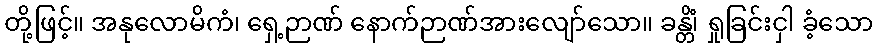
တို့ဖြင့်။ အနုလောမိကံ၊ ရှေ့ဉာဏ် နောက်ဉာဏ်အားလျော်သော။ ခန္တိံ၊ ရှုခြင်းငှါ ခံ့သော